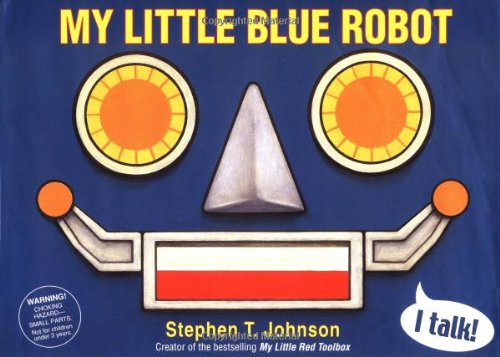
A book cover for My Little Blue Robot; Stephen T. Johnson; Children's Books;